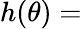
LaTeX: h(\theta)=